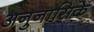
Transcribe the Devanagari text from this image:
अनुनासिके